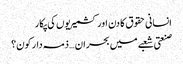
انسانی حقوق کا دن اور کشمیریوں کی پکار
صنعتی شعبے میں بحران … ذمہ دار کون؟